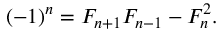
( - 1 ) ^ { n } = F _ { n + 1 } F _ { n - 1 } - F _ { n } ^ { 2 } .